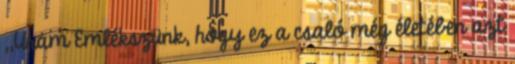
,,Uram Emlékszünk, hogy ez a csaló még életében azt